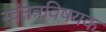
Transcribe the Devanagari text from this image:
स्वंतत्रविषयक